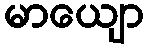
မာယျော